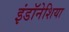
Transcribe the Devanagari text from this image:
इंडॉनेशिया